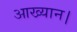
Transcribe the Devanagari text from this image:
आख्यान।